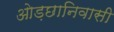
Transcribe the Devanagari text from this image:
ओड़छानिवासी